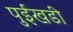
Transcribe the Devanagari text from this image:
पुईखडी